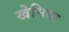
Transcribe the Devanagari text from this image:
खेमिया